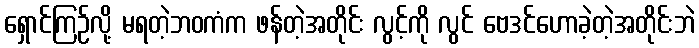
ရှောင်ကြဉ်လို့ မရတဲ့ဘဝကံက ဖန်တဲ့အတိုင်း လွင့်ကို လွင် ဗေဒင်ဟောခဲ့တဲ့အတိုင်းဘဲ